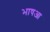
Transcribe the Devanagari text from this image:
भाषआ